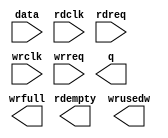
// megafunction wizard: %FIFO%VBB%
// GENERATION: STANDARD
// VERSION: WM1.0
// MODULE: dcfifo 

// ============================================================
// Megafunction Name(s):
// 			dcfifo
//
// Simulation Library Files(s):
// 			altera_mf
// ============================================================
// ************************************************************
// THIS IS A WIZARD-GENERATED FILE. DO NOT EDIT THIS FILE!
//
// 18.0.0 Build 614 04/24/2018 SJ Lite Edition
// ************************************************************

//Copyright (C) 2018  Intel Corporation. All rights reserved.
//Your use of Intel Corporation's design tools, logic functions 
//and other software and tools, and its AMPP partner logic 
//functions, and any output files from any of the foregoing 
//(including device programming or simulation files), and any 
//associated documentation or information are expressly subject 
//to the terms and conditions of the Intel Program License 
//Subscription Agreement, the Intel Quartus Prime License Agreement,
//the Intel FPGA IP License Agreement, or other applicable license
//agreement, including, without limitation, that your use is for
//the sole purpose of programming logic devices manufactured by
//Intel and sold by Intel or its authorized distributors.  Please
//refer to the applicable agreement for further details.

module fifo (
	data,
	rdclk,
	rdreq,
	wrclk,
	wrreq,
	q,
	rdempty,
	wrfull,
	wrusedw);

	input	[47:0]  data;
	input	  rdclk;
	input	  rdreq;
	input	  wrclk;
	input	  wrreq;
	output	[47:0]  q;
	output	  rdempty;
	output	  wrfull;
	output	[7:0]  wrusedw;

endmodule

// ============================================================
// CNX file retrieval info
// ============================================================
// Retrieval info: PRIVATE: AlmostEmpty NUMERIC "0"
// Retrieval info: PRIVATE: AlmostEmptyThr NUMERIC "-1"
// Retrieval info: PRIVATE: AlmostFull NUMERIC "0"
// Retrieval info: PRIVATE: AlmostFullThr NUMERIC "-1"
// Retrieval info: PRIVATE: CLOCKS_ARE_SYNCHRONIZED NUMERIC "0"
// Retrieval info: PRIVATE: Clock NUMERIC "4"
// Retrieval info: PRIVATE: Depth NUMERIC "256"
// Retrieval info: PRIVATE: Empty NUMERIC "1"
// Retrieval info: PRIVATE: Full NUMERIC "1"
// Retrieval info: PRIVATE: INTENDED_DEVICE_FAMILY STRING "Cyclone IV E"
// Retrieval info: PRIVATE: LE_BasedFIFO NUMERIC "0"
// Retrieval info: PRIVATE: LegacyRREQ NUMERIC "0"
// Retrieval info: PRIVATE: MAX_DEPTH_BY_9 NUMERIC "0"
// Retrieval info: PRIVATE: OVERFLOW_CHECKING NUMERIC "0"
// Retrieval info: PRIVATE: Optimize NUMERIC "2"
// Retrieval info: PRIVATE: RAM_BLOCK_TYPE NUMERIC "0"
// Retrieval info: PRIVATE: SYNTH_WRAPPER_GEN_POSTFIX STRING "1"
// Retrieval info: PRIVATE: UNDERFLOW_CHECKING NUMERIC "0"
// Retrieval info: PRIVATE: UsedW NUMERIC "1"
// Retrieval info: PRIVATE: Width NUMERIC "48"
// Retrieval info: PRIVATE: dc_aclr NUMERIC "0"
// Retrieval info: PRIVATE: diff_widths NUMERIC "0"
// Retrieval info: PRIVATE: msb_usedw NUMERIC "0"
// Retrieval info: PRIVATE: output_width NUMERIC "48"
// Retrieval info: PRIVATE: rsEmpty NUMERIC "1"
// Retrieval info: PRIVATE: rsFull NUMERIC "0"
// Retrieval info: PRIVATE: rsUsedW NUMERIC "0"
// Retrieval info: PRIVATE: sc_aclr NUMERIC "0"
// Retrieval info: PRIVATE: sc_sclr NUMERIC "0"
// Retrieval info: PRIVATE: wsEmpty NUMERIC "0"
// Retrieval info: PRIVATE: wsFull NUMERIC "1"
// Retrieval info: PRIVATE: wsUsedW NUMERIC "1"
// Retrieval info: LIBRARY: altera_mf altera_mf.altera_mf_components.all
// Retrieval info: CONSTANT: INTENDED_DEVICE_FAMILY STRING "Cyclone IV E"
// Retrieval info: CONSTANT: LPM_NUMWORDS NUMERIC "256"
// Retrieval info: CONSTANT: LPM_SHOWAHEAD STRING "ON"
// Retrieval info: CONSTANT: LPM_TYPE STRING "dcfifo"
// Retrieval info: CONSTANT: LPM_WIDTH NUMERIC "48"
// Retrieval info: CONSTANT: LPM_WIDTHU NUMERIC "8"
// Retrieval info: CONSTANT: OVERFLOW_CHECKING STRING "ON"
// Retrieval info: CONSTANT: RDSYNC_DELAYPIPE NUMERIC "5"
// Retrieval info: CONSTANT: UNDERFLOW_CHECKING STRING "ON"
// Retrieval info: CONSTANT: USE_EAB STRING "ON"
// Retrieval info: CONSTANT: WRSYNC_DELAYPIPE NUMERIC "5"
// Retrieval info: USED_PORT: data 0 0 48 0 INPUT NODEFVAL "data[47..0]"
// Retrieval info: USED_PORT: q 0 0 48 0 OUTPUT NODEFVAL "q[47..0]"
// Retrieval info: USED_PORT: rdclk 0 0 0 0 INPUT NODEFVAL "rdclk"
// Retrieval info: USED_PORT: rdempty 0 0 0 0 OUTPUT NODEFVAL "rdempty"
// Retrieval info: USED_PORT: rdreq 0 0 0 0 INPUT NODEFVAL "rdreq"
// Retrieval info: USED_PORT: wrclk 0 0 0 0 INPUT NODEFVAL "wrclk"
// Retrieval info: USED_PORT: wrfull 0 0 0 0 OUTPUT NODEFVAL "wrfull"
// Retrieval info: USED_PORT: wrreq 0 0 0 0 INPUT NODEFVAL "wrreq"
// Retrieval info: USED_PORT: wrusedw 0 0 8 0 OUTPUT NODEFVAL "wrusedw[7..0]"
// Retrieval info: CONNECT: @data 0 0 48 0 data 0 0 48 0
// Retrieval info: CONNECT: @rdclk 0 0 0 0 rdclk 0 0 0 0
// Retrieval info: CONNECT: @rdreq 0 0 0 0 rdreq 0 0 0 0
// Retrieval info: CONNECT: @wrclk 0 0 0 0 wrclk 0 0 0 0
// Retrieval info: CONNECT: @wrreq 0 0 0 0 wrreq 0 0 0 0
// Retrieval info: CONNECT: q 0 0 48 0 @q 0 0 48 0
// Retrieval info: CONNECT: rdempty 0 0 0 0 @rdempty 0 0 0 0
// Retrieval info: CONNECT: wrfull 0 0 0 0 @wrfull 0 0 0 0
// Retrieval info: CONNECT: wrusedw 0 0 8 0 @wrusedw 0 0 8 0
// Retrieval info: GEN_FILE: TYPE_NORMAL fifo.v TRUE
// Retrieval info: GEN_FILE: TYPE_NORMAL fifo.inc FALSE
// Retrieval info: GEN_FILE: TYPE_NORMAL fifo.cmp FALSE
// Retrieval info: GEN_FILE: TYPE_NORMAL fifo.bsf FALSE
// Retrieval info: GEN_FILE: TYPE_NORMAL fifo_inst.v TRUE
// Retrieval info: GEN_FILE: TYPE_NORMAL fifo_bb.v TRUE
// Retrieval info: GEN_FILE: TYPE_NORMAL fifo_syn.v TRUE
// Retrieval info: LIB_FILE: altera_mf